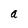
Character: a